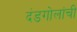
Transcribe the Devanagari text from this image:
दंडगोलांची